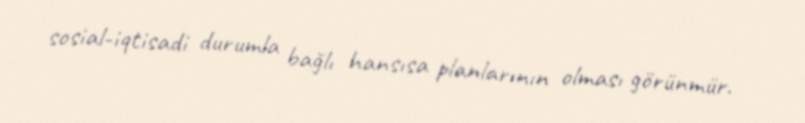
sosial-iqtisadi durumla bağlı hansısa planlarının olması görünmür.